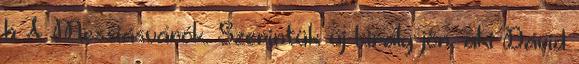
b A Messiásvárók. Szerintük új király jön, aki Dávid